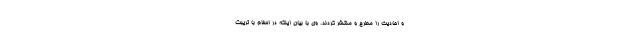
و احادیث را مطرح و منتشر کردند. وی با بیان اینکه در اسلام با تریبت